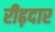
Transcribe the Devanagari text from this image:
रीढ़दार